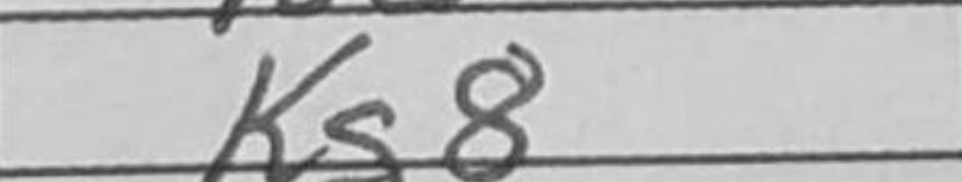
Transcription: Kg8